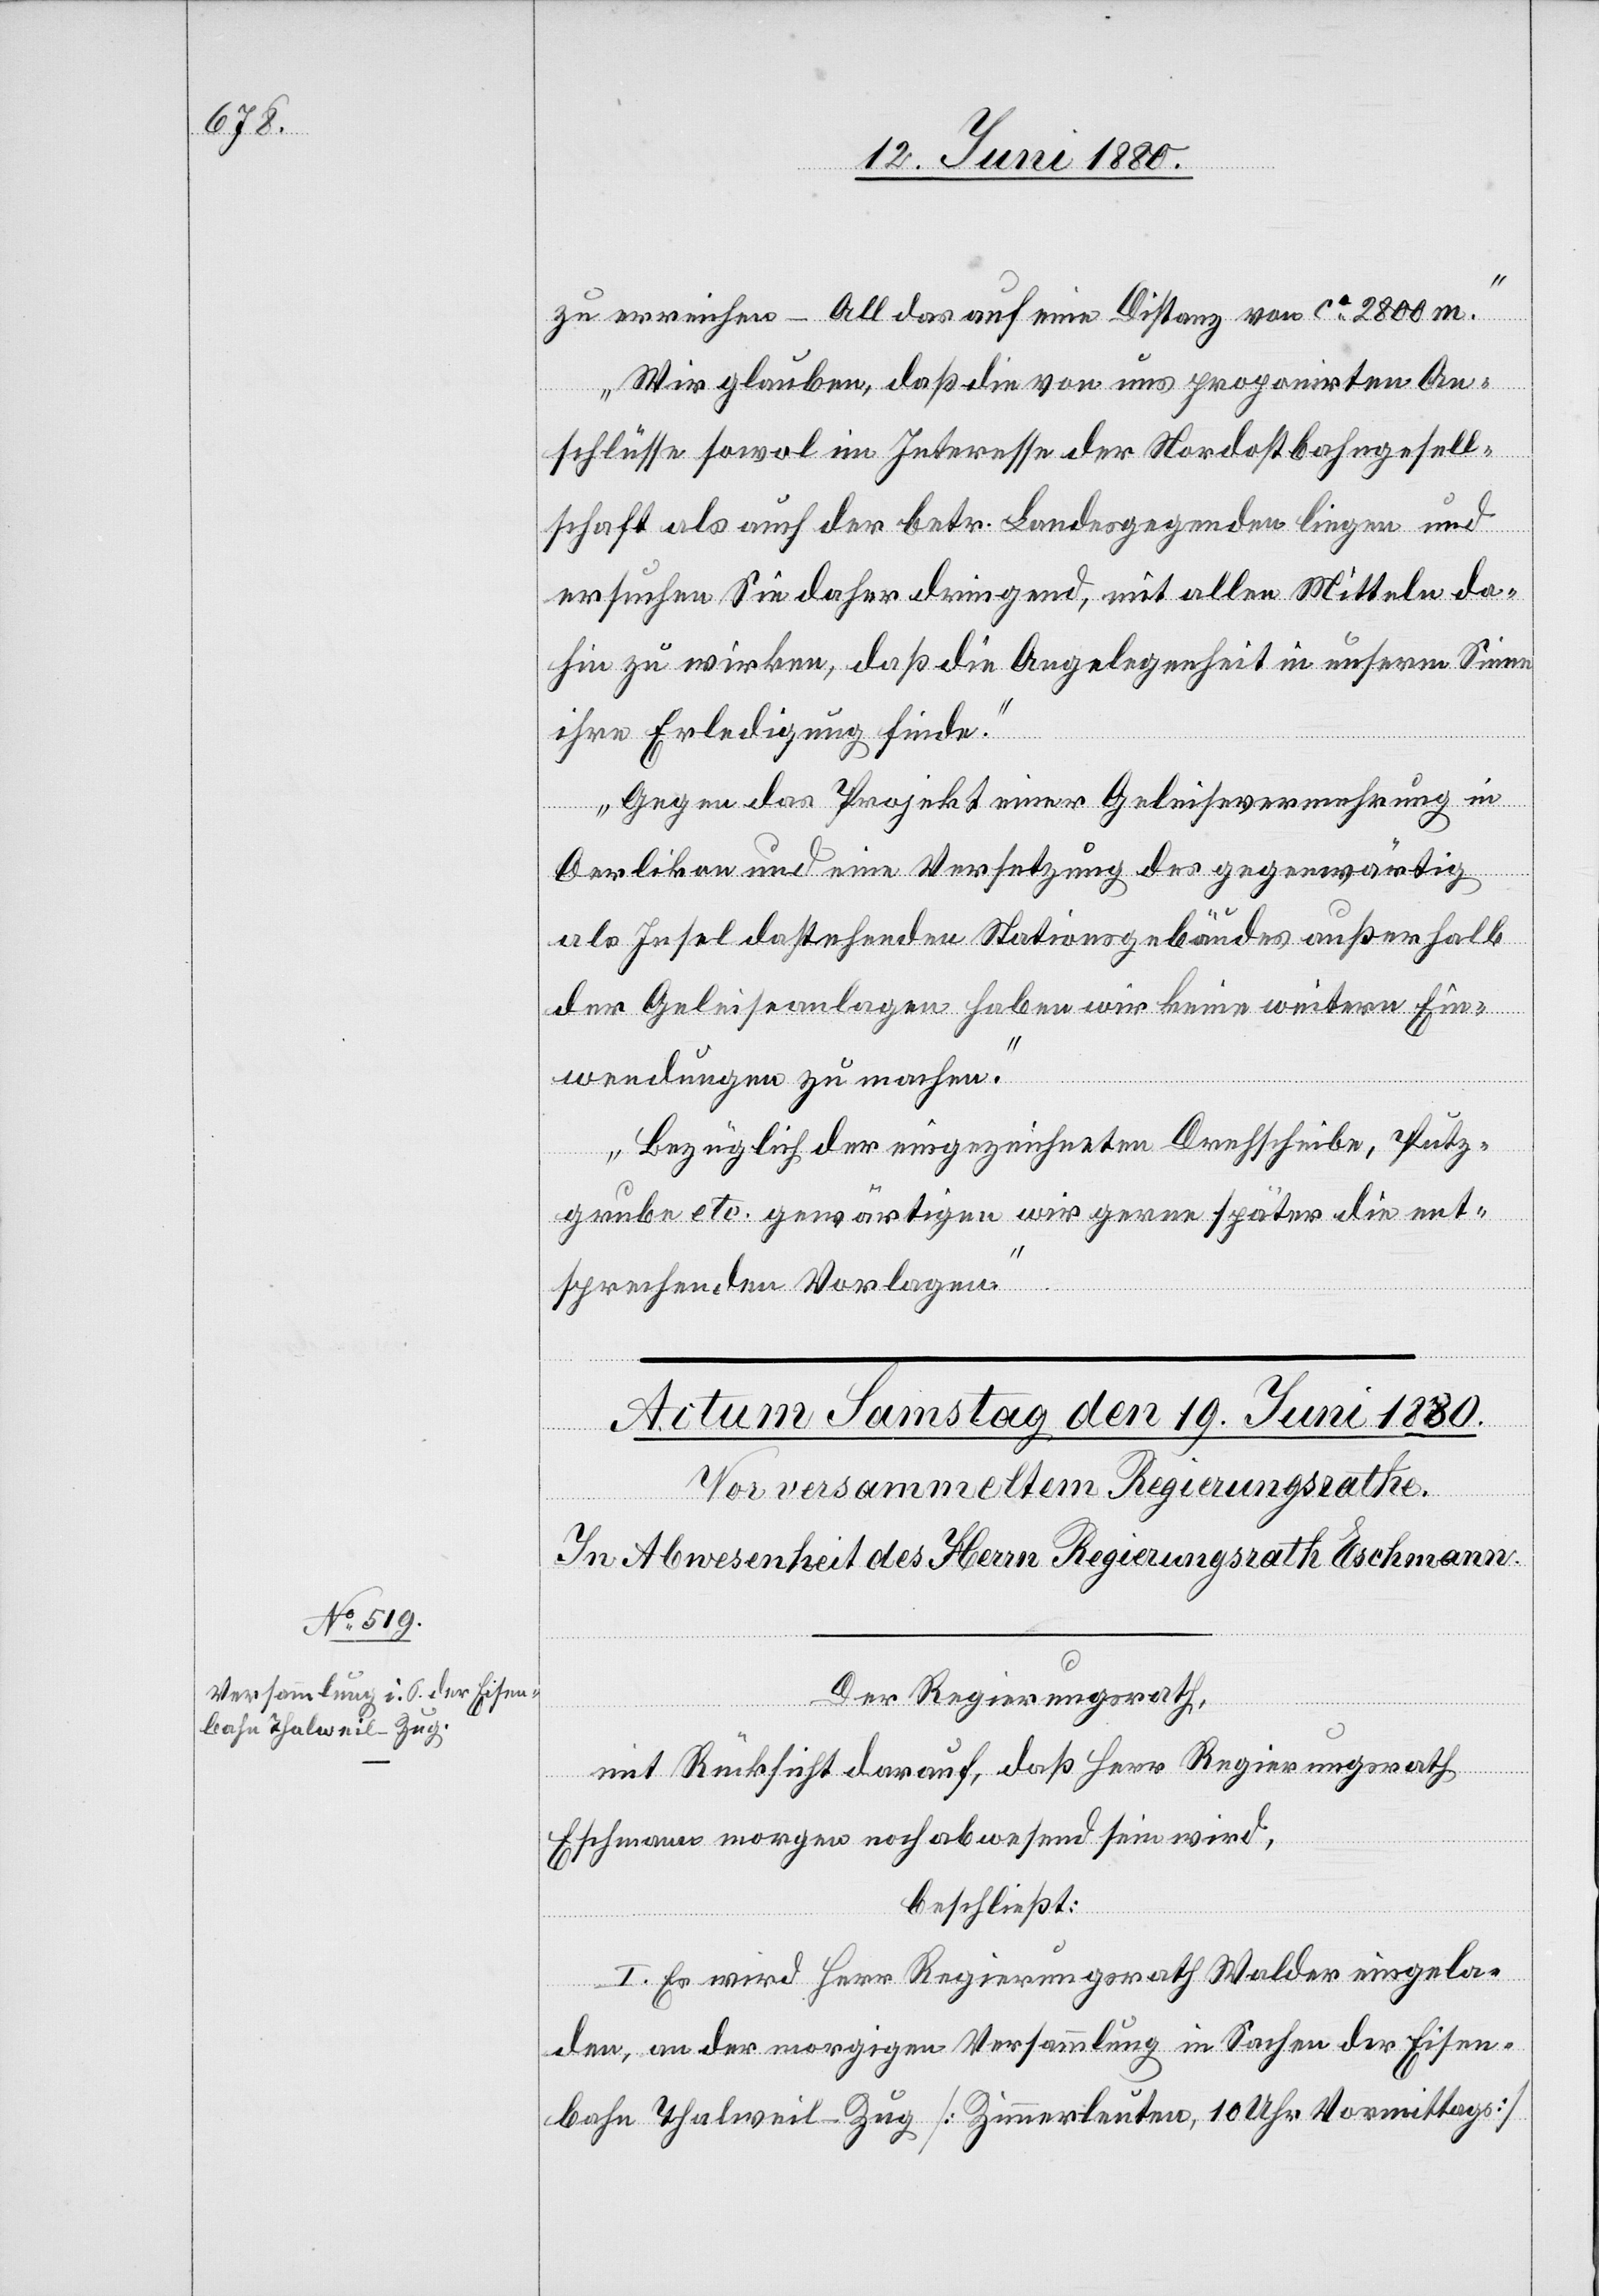
zu erreichen – All das auf eine Distanz von ca 2800 m.
Wir glauben, daß die von uns proponirten An¬
schlüsse sowol im Interesse der Nordostbahngesell¬
schaft als auch der betr. Landesgegenden liegen und
ersuchen Sie daher dringend, mit allen Mitteln da¬
hin zu wirken, daß die Angelegenheit in unserm Sinne
ihre Erledigung finde.
Gegen das Projekt einer Geleisevermehrung in
Oerlikon und eine Versetzung des gegenwärtig
als Insel dastehenden Stationsgebäudes außerhalb
der Geleiseanlagen haben wir keine weitern Ein¬
wendungen zu machen.
Bezüglich der eingezeichneten Drehscheibe, Putz¬
grube etc. gewärtigen wir gerne später die ent¬
sprechenden Vorlagen.“
Der Regierungsrath,
mit Rücksicht darauf, daß Herr Regierungsrath
Eschmann morgen noch abwesend sein wird,
beschließt:
I. Es wird Herr Regierungsrath Walder eingela¬
den, an der morgigen Versammlung in Sachen der Eisen¬
bahn Thalweil–Zug [Zimmerleuten, 10 Uhr Vormittags]